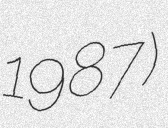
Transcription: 1987)